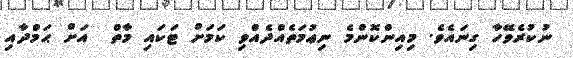
ނުކުރެވޭހާ ގިނައެވެ. މިއިންކޮންމެ ނިޢުމަތެއްދެއްވި ކަމަށް ޓަކައި މާތް  އަށް ޙަމްދާއި